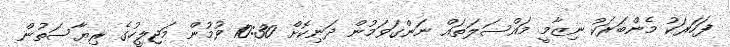
ފަހަރަކު މެންބަރަކު ނިޒާމީ މައްސަލަތައް ނަންގަވަމުން ދަނިކޮށް 10:30 ވުމުން މަޖިލީހުގެ ރިޔާސަތުން